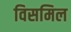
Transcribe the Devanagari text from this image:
विसमिल